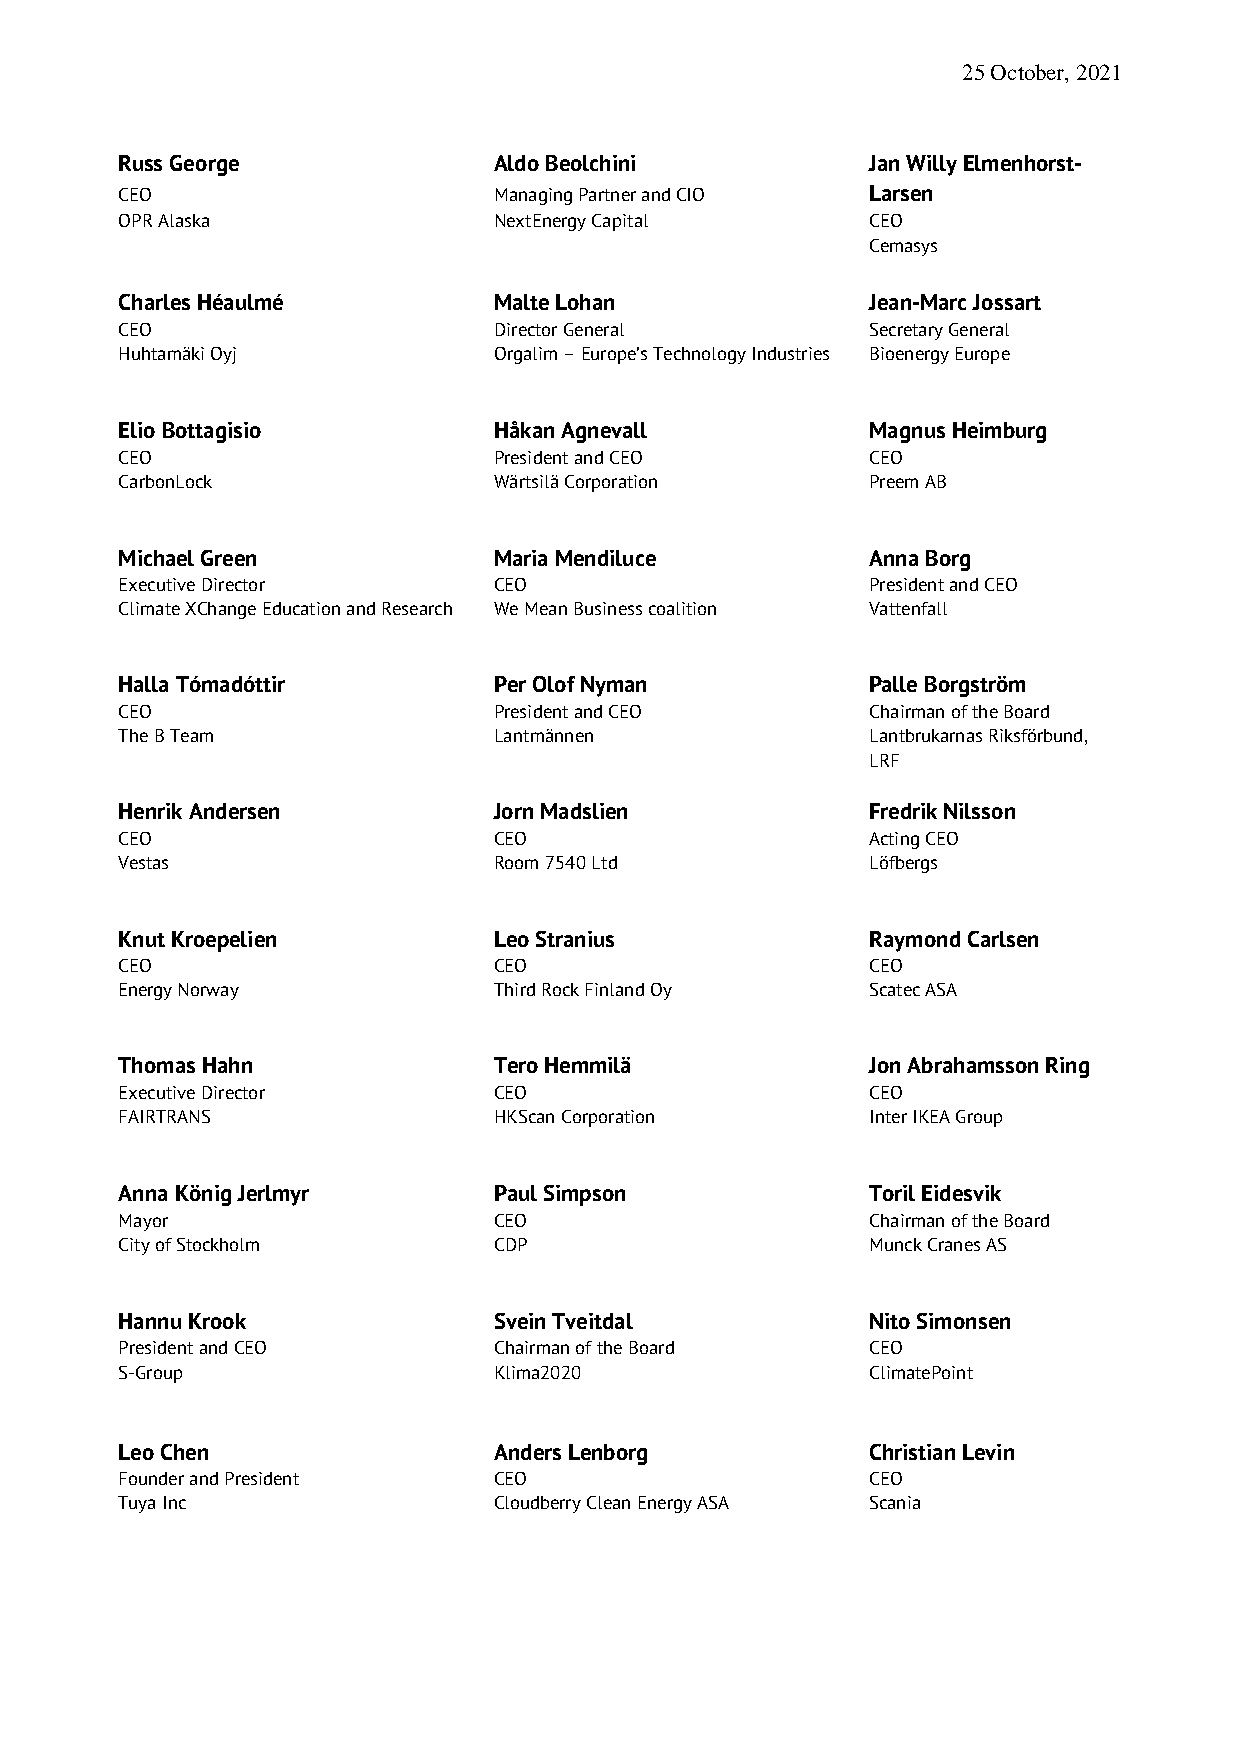
25 October, 2021
 Russ George              Aldo Beolchini           Jan Willy Elmenhorst-
 CEO                      Managing Partner and CIO Larsen
 OPR Alaska               NextEnergy Capital       CEO
 Cemasys
 Charles Héaulmé          Malte Lohan              Jean-Marc Jossart
 CEO                      Director General         Secretary General
 Huhtamäki Oyj            Orgalim – Europe’s Technology Industries Bioenergy Europe
 Elio Bottagisio          Håkan Agnevall           Magnus Heimburg
 CEO                      President and CEO        CEO
 CarbonLock               Wärtsilä Corporation     Preem AB
 Michael Green            Maria Mendiluce          Anna Borg
 Executive Director       CEO                      President and CEO
 Climate XChange Education and Research We Mean Business coalition Vattenfall
 Halla Tómadóttir         Per Olof Nyman           Palle Borgström
 CEO                      President and CEO        Chairman of the Board
 The B Team               Lantmännen               Lantbrukarnas Riksförbund,
 LRF
 Henrik Andersen          Jorn Madslien            Fredrik Nilsson
 CEO                      CEO                      Acting CEO
 Vestas                   Room 7540 Ltd            Löfbergs
 Knut Kroepelien          Leo Stranius             Raymond Carlsen
 CEO                      CEO                      CEO
 Energy Norway            Third Rock Finland Oy    Scatec ASA
 Thomas Hahn              Tero Hemmilä             Jon Abrahamsson Ring
 Executive Director       CEO                      CEO
 FAIRTRANS                HKScan Corporation       Inter IKEA Group
 Anna König Jerlmyr       Paul Simpson             Toril Eidesvik
 Mayor                    CEO                      Chairman of the Board
 City of Stockholm        CDP                      Munck Cranes AS
 Hannu Krook              Svein Tveitdal           Nito Simonsen
 President and CEO        Chairman of the Board    CEO
 S-Group                  Klima2020                ClimatePoint
 Leo Chen                 Anders Lenborg           Christian Levin
 Founder and President    CEO                      CEO
 Tuya Inc                 Cloudberry Clean Energy ASA Scania